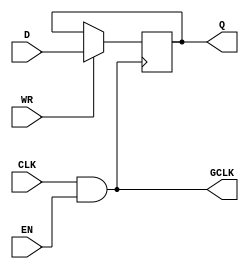
module ClockGatedMemory (
    input wire CLK,      // Primary clock signal
    input wire EN,       // Enable signal for clock gating
    output wire GCLK,    // Gated clock signal for the memory block
    input wire [7:0] D,   // Data input for the memory block
    input wire WR,       // Write enable signal
    output reg [7:0] Q   // Data output from the memory block
);

// Gated clock generation using AND gate
assign GCLK = CLK & EN;  // Gated clock output

// Memory block implementation (simple register for example)
reg [7:0] memory;  // 8-bit memory storage

always @(posedge GCLK) begin
    if (WR) begin
        memory <= D; // Write data to memory on gated clock
    end
end

assign Q = memory; // Data output from memory

endmodule